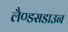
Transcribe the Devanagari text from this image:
लैण्डसडाउन